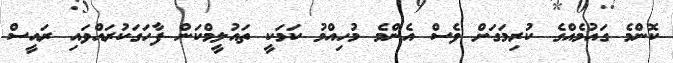
ކޮންމެ ގައުމެއްގެ ކުރިމަގަށް ވެސް އެންމެ މުހިއްމު ކަމަކީ ތައުލީމްކަން ފާހަގަކުރައްވައި ރައީސް